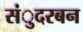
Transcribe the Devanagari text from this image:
संुदरबन